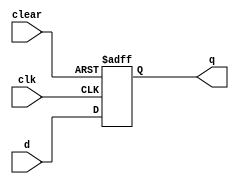
module d_ff_async_clear (
    input wire d,
    input wire clear,
    input wire clk,
    output reg q
);

always @(posedge clk or posedge clear)
begin
    if (clear)
        q <= 1'b0;
    else
        q <= d;
end

endmodule